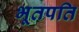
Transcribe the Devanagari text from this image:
भूतपति